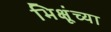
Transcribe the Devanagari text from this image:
भिक्षूंच्या